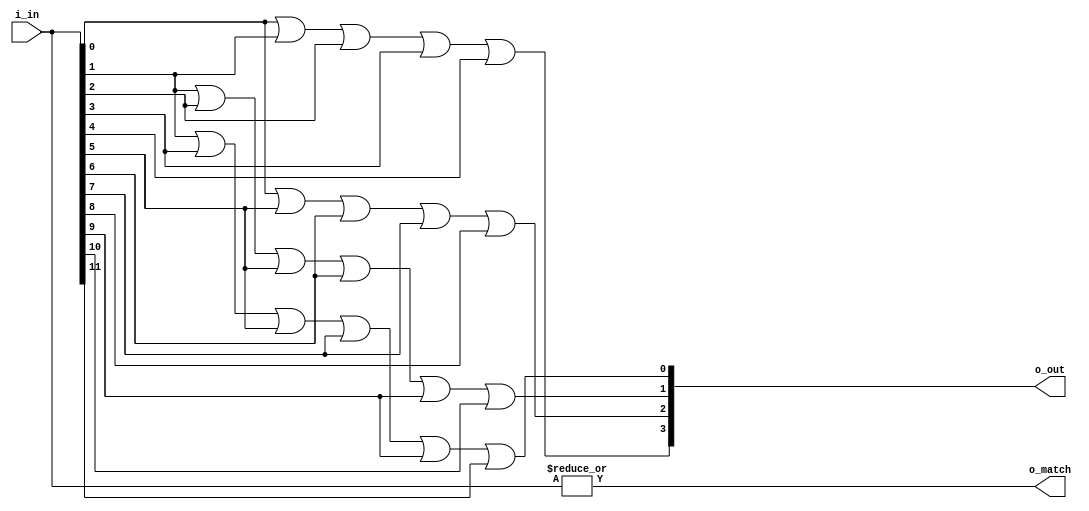
// 1 of 12 encoder
// for encoding carriage control slow and stop brushes.
// see
// Y24-3529-0_2025_Processing_Unit_FE_Maintenance_Diagrams_Feb69.pdf
// page 4-212 (pdf 145) figure 4-212 c4
// carriage compare and channel latches 1,9,12
// inputs to "carr brush reg"
// output when than one input bit is set will be mapped to
// some other output code -- in many cases that will be
// "out of range", which in 1403 land probably means it
// behaves the same as a space.
//
// input: {bit1 bit2 ... bit12}
//	output binary value of right-most bit set.
// note: that's ibm bit ordering, 1 origin.
`default_nettype   none
module dodecode3(i_in, o_out, o_match);

input wire [11:0] i_in;
output wire [3:0] o_out;	// binary encoding (1-12)
output wire o_match;

wire i1,i2,i3,i4,i5,i6,i7,i8,i9,i10,i11,i12;
assign {i1,i2,i3,i4,i5,i6,i7,i8,i9,i10,i11,i12} = i_in;

assign o_out[3] = i12 | i11 | i10 | i9 | i8;
assign o_out[2] = i12 | i7 | i6 | i5 | i4;
assign o_out[1] = i11 | i10 | i7 | i6 | i3 | i2;
assign o_out[0] = i11 | i9 | i7 | i5 | i3 | i1;
assign o_match = |{i_in};
endmodule